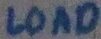
Text: LOAD